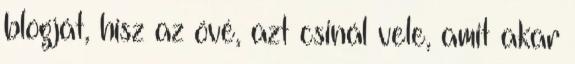
blogját, hisz az övé, azt csinál vele, amit akar